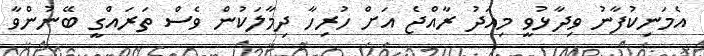
އެމަނިކުފާނު ވިދާޅުވީ މިއަދު ރާއްޖެ އަށް ހުރިހާ ދިމާލަކުން ވެސް ތަރައްގީ ބޭނުންވާ